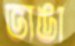
ভাঙা